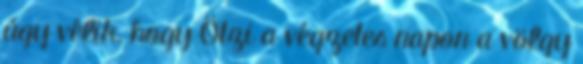
úgy vélik, hogy Ötzi a végzetes napon a völgy